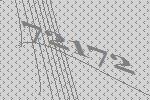
72172